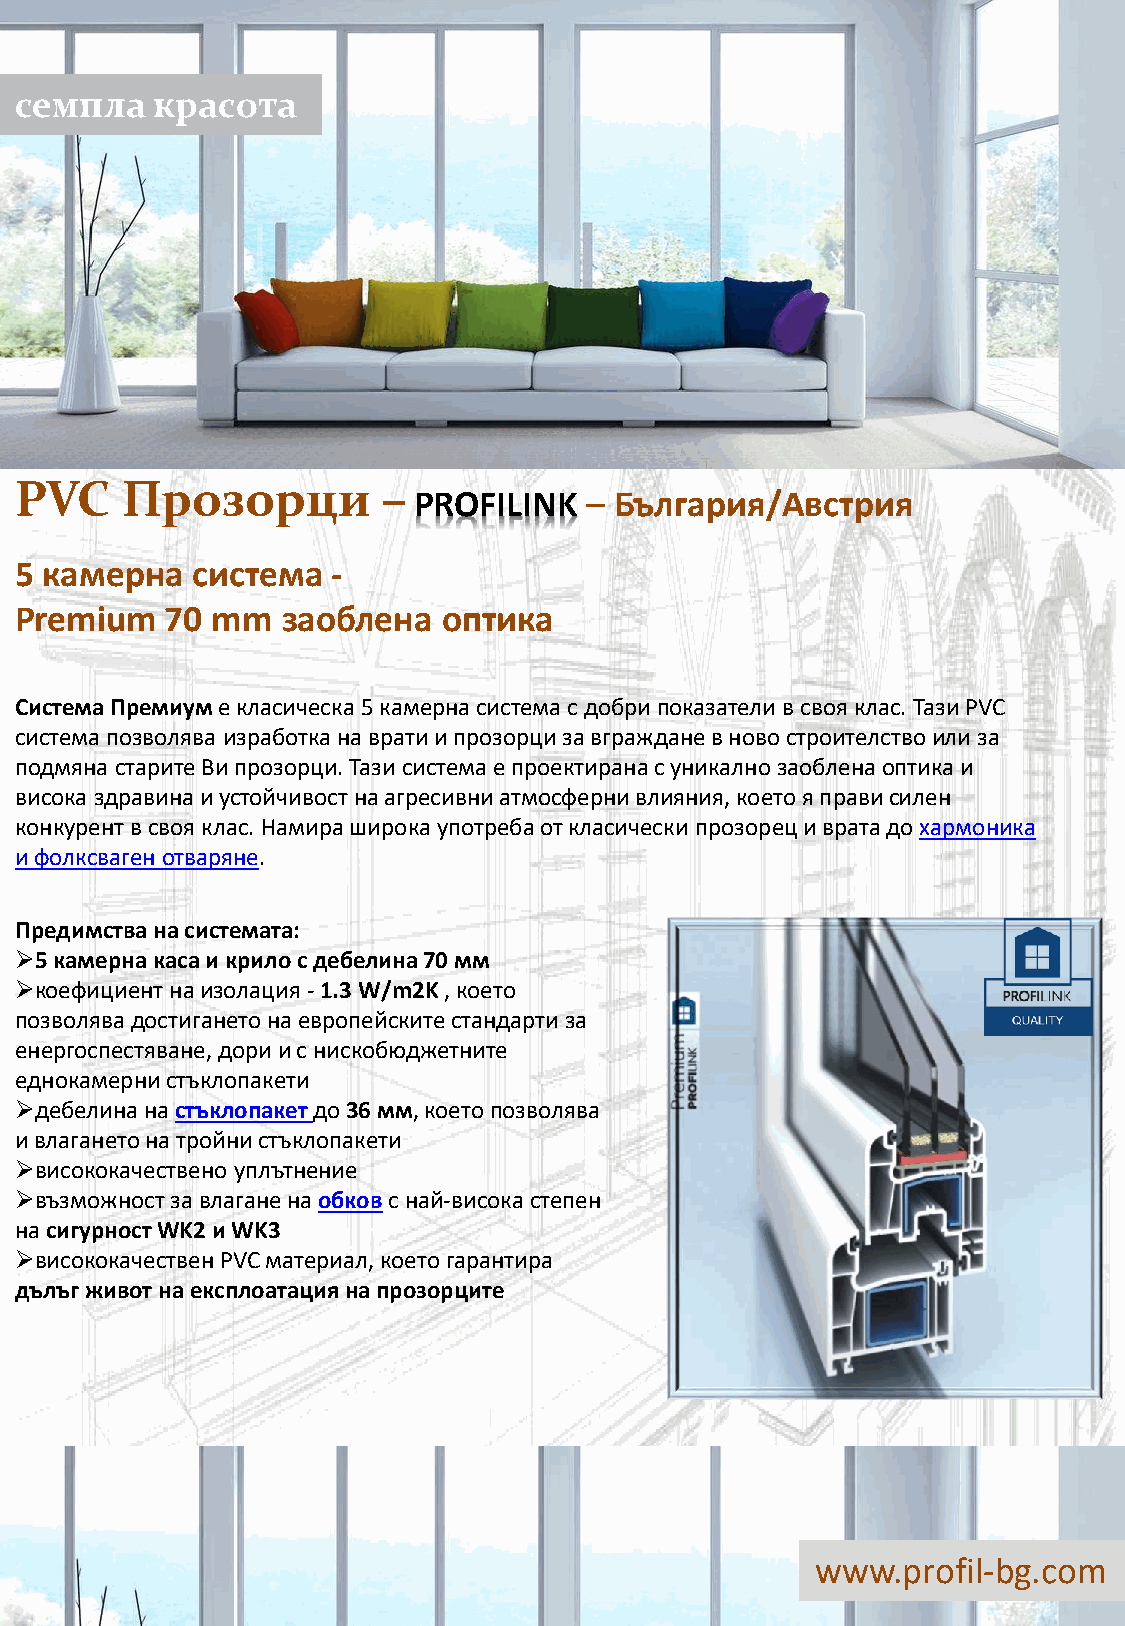
семпла   красота
 PVC    Прозорци         –
 PROFILINK   – България/Австрия
 5 камерна   система  -
 Premium   70 mm   заоблена  оптика
 Система Премиуме класическа 5 камерна система с добрипоказатели в своя клас. ТазиPVC
 система позволява изработкана вратии прозорциза вгражданев ново строителствоили за
 подмянастарите Випрозорци. Тазисистема е проектиранас уникалнозаобленаоптика и
 високаздравинаиустойчивостна агресивниатмосфернивлияния, коетоя прависилен
 конкурент в своя клас. Намираширока употребаот класически прозореци врата до хармоника
 и фолксвагенотваряне.
 Предимствана системата:
 5 камерна касаи крилос дебелина70 мм
 коефициентна изолация-1.3 W/m2K, което
 позволява достиганетона европейскитестандартиза
 енергоспестяване, дории с нискобюджетните
 еднокамернистъклопакети
 дебелинана стъклопакетдо 36 мм, коетопозволява
 и влаганетона тройни стъклопакети
 висококачествено уплътнение
 възможностза влаганена обковс най-високастепен
 на сигурностWK2 и WK3
 висококачествен PVC материал, коетогарантира
 дълъгживот на експлоатациянапрозорците
 www.profil-bg.com